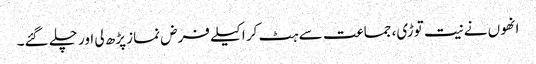
انھوں نے نیت توڑی، جماعت سے ہٹ کر اکیلے فرض نماز پڑھ لی اور چلے گئے۔